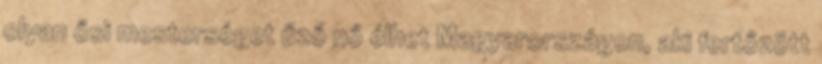
olyan ősi mesterséget űző nő élhet Magyarországon, aki fertőzött